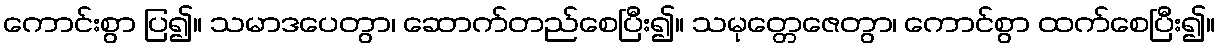
ကောင်းစွာ ပြ၍။ သမာဒပေတွာ၊ ဆောက်တည်စေပြီး၍။ သမုတ္တေဇေတွာ၊ ကောင်စွာ ထက်စေပြီး၍။